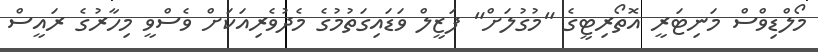
މޯލްޑިވްސް މަނިޓަރީ އޮތޯރިޓީގެ "މުގުލަށް" ފަޒީލް ވަޑައިގަތުމުގެ މެދުވެރިއަކަށް ވެސްވީ މިހާރުގެ ރައީސް